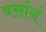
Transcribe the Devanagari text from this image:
वर्सानं